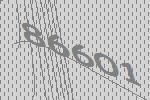
86601